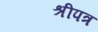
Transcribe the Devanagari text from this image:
श्रीपत्र